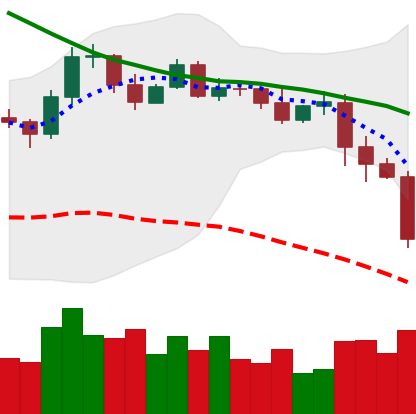
Ticker: EOS-USD
Chart end date: 2019-11-21
Forward return: -6.825%
Label: down_5_7